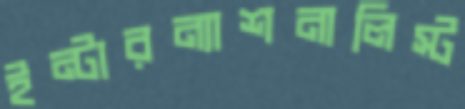
ইন্টারন্যাশনালিস্ট